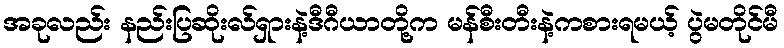
အခုလည်း နည်းပြဆိုးလ်ရှားနဲ့ဒီဂီယာတို့က မန်စီးတီးနဲ့ကစားရမယ့် ပွဲမတိုင်မီ